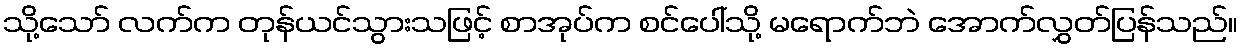
သို့သော် လက်က တုန်ယင်သွားသဖြင့် စာအုပ်က စင်ပေါ်သို့ မရောက်ဘဲ အောက်လွှတ်ပြန်သည်။